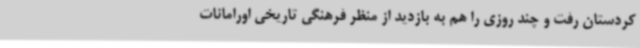
کردستان رفت و چند روزی را هم به بازدید از منظر فرهنگی تاریخی اورامانات